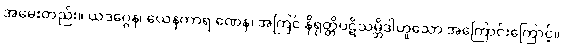
အမေးတည်း။ ယဒဂ္ဂေန၊ ယေနကာရ ဏေန၊ အကြင် နိရုတ္တိပဋိသမ္ဘိဒါဟူသော အကြောင်းကြောင့်။